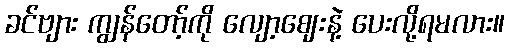
ခင်ဗျား ကျွန်တော့်ကို လျော့ဈေးနဲ့ ပေးလို့ရမလား။